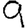
Digit: 9